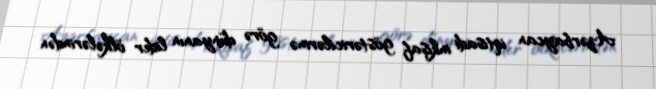
Azərbaycan iqtisadi inkişaf göstəricilərinə görə dünyanın lider ölkələrindən